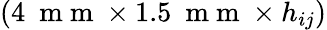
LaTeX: (4~\mathrm{~m~m~}\times 1.5~\mathrm{~m~m~}\times h_{ij})